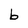
Character: b